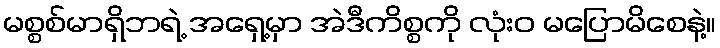
မစ္စစ်မာရှိဘရဲ့ အရှေ့မှာ အဲဒီကိစ္စကို လုံးဝ မပြောမိစေနဲ့။